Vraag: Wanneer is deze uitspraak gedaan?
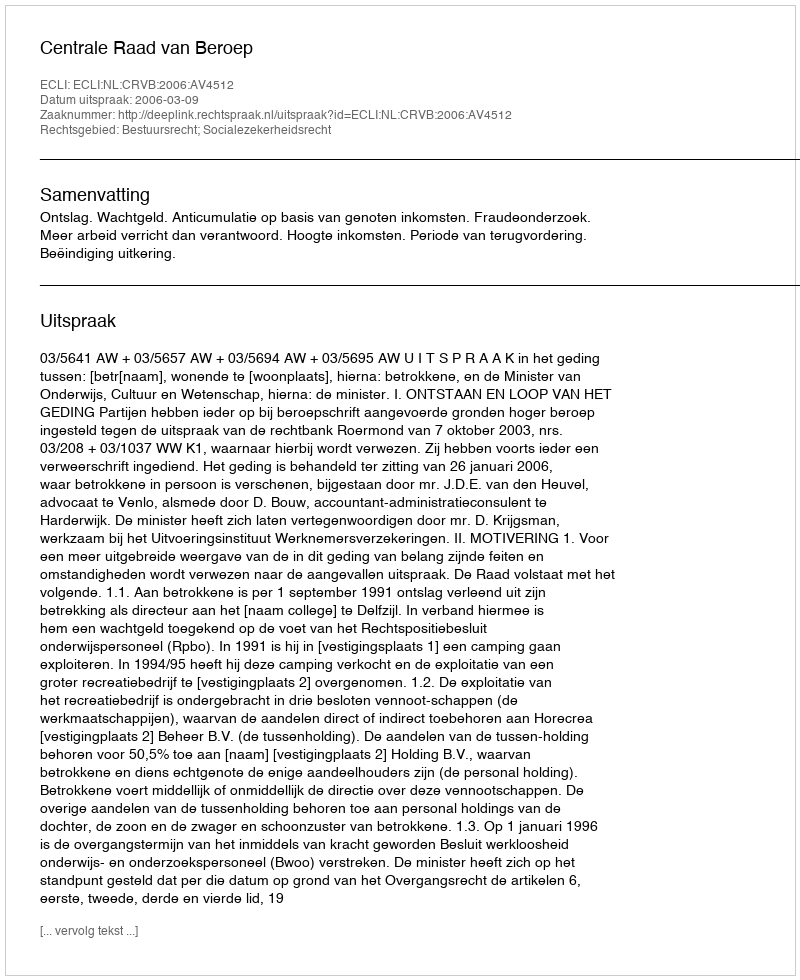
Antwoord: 2006-03-09